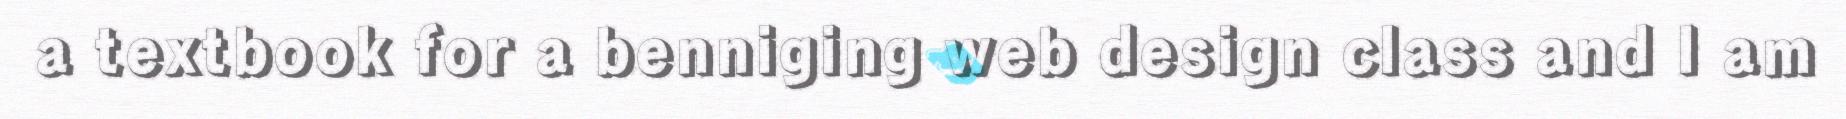
a textbook for a benniging web design class and I am